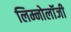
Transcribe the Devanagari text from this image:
लिम्नोलॉजी